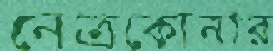
নেত্রকোনার